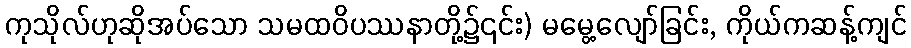
ကုသိုလ်ဟုဆိုအပ်သော သမထဝိပဿနာတို့၌၎င်း) မမွေ့လျော်ခြင်း, ကိုယ်ကဆန့်ကျင်